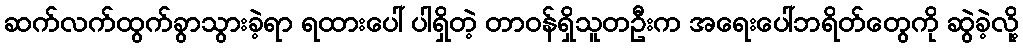
ဆက်လက်ထွက်ခွာသွားခဲ့ရာ ရထားပေါ် ပါရှိတဲ့ တာဝန်ရှိသူတဦးက အရေးပေါ်ဘရိတ်တွေကို ဆွဲခဲ့လို့